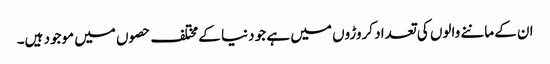
ان کے ماننے والوں کی تعداد کروڑوں میں ہے جو دنیا کے مختلف حصوں میں موجود ہیں۔